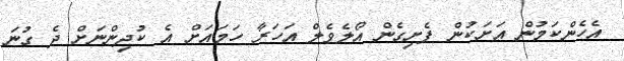
އެހެންކަމުން އަށަކުން ފެށިގެން އޯލެވެލް އަހަރާ ހަމައަށް އެ ކުދިންނަށް ދެ ގުނަ